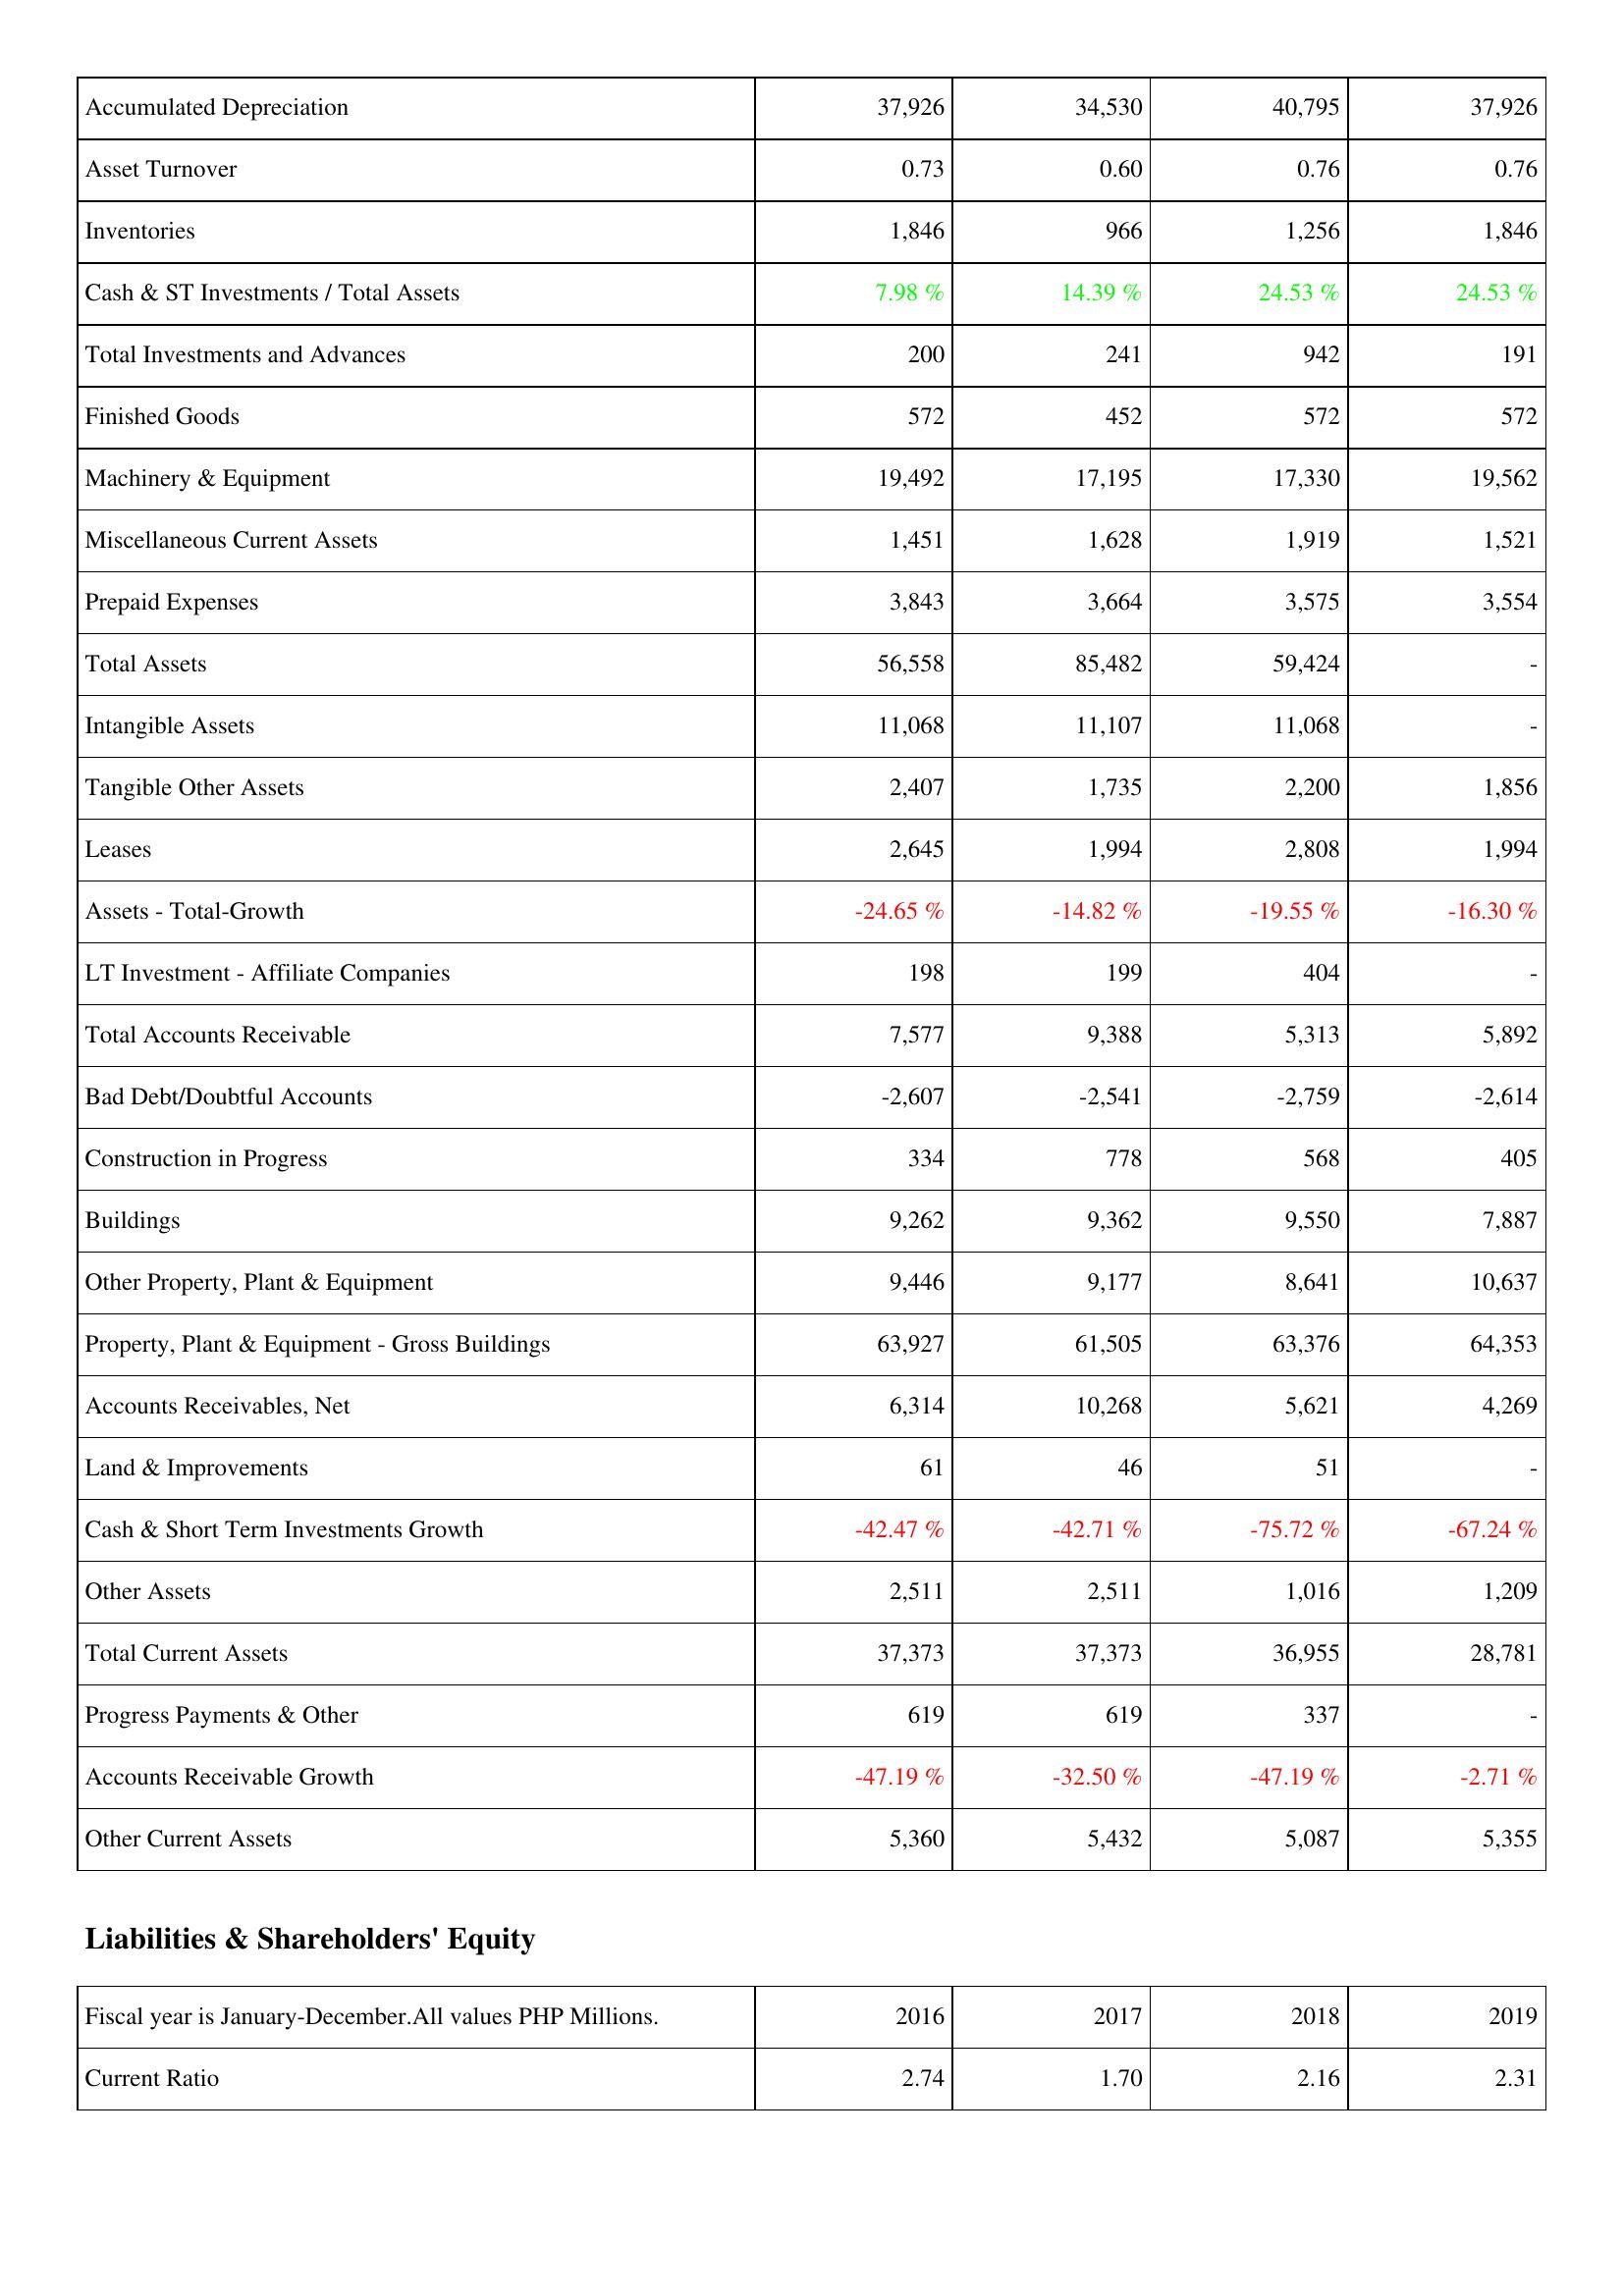
2016: Assets: Accumulated Depreciation: 37,926
Asset Turnover: 0.73
Inventories: 1,846
Cash & ST Investments / Total Assets: 7.98 %
Total Investments and Advances: 200
Finished Goods: 572
Machinery & Equipment: 19,492
Miscellaneous Current Assets: 1,451
Prepaid Expenses: 3,843
Total Assets: 56,558
Intangible Assets: 11,068
Tangible Other Assets: 2,407
Leases: 2,645
Assets - Total-Growth: -24.65 %
LT Investment - Affiliate Companies: 198
Total Accounts Receivable: 7,577
Bad Debt/Doubtful Accounts: -2,607
Construction in Progress: 334
Buildings: 9,262
Other Property, Plant & Equipment: 9,446
Property, Plant & Equipment - Gross Buildings: 63,927
Accounts Receivables, Net: 6,314
Land & Improvements: 61
Cash & Short Term Investments Growth: -42.47 %
Other Assets: 2,511
Total Current Assets: 37,373
Progress Payments & Other: 619
Accounts Receivable Growth: -47.19 %
Other Current Assets: 5,360
Liabilities & Shareholders' Equity: Current Ratio: 2.74
2017: Assets: Accumulated Depreciation: 34,530
Asset Turnover: 0.60
Inventories: 966
Cash & ST Investments / Total Assets: 14.39 %
Total Investments and Advances: 241
Finished Goods: 452
Machinery & Equipment: 17,195
Miscellaneous Current Assets: 1,628
Prepaid Expenses: 3,664
Total Assets: 85,482
Intangible Assets: 11,107
Tangible Other Assets: 1,735
Leases: 1,994
Assets - Total-Growth: -14.82 %
LT Investment - Affiliate Companies: 199
Total Accounts Receivable: 9,388
Bad Debt/Doubtful Accounts: -2,541
Construction in Progress: 778
Buildings: 9,362
Other Property, Plant & Equipment: 9,177
Property, Plant & Equipment - Gross Buildings: 61,505
Accounts Receivables, Net: 10,268
Land & Improvements: 46
Cash & Short Term Investments Growth: -42.71 %
Other Assets: 2,511
Total Current Assets: 37,373
Progress Payments & Other: 619
Accounts Receivable Growth: -32.50 %
Other Current Assets: 5,432
Liabilities & Shareholders' Equity: Current Ratio: 1.70
2018: Assets: Accumulated Depreciation: 40,795
Asset Turnover: 0.76
Inventories: 1,256
Cash & ST Investments / Total Assets: 24.53 %
Total Investments and Advances: 942
Finished Goods: 572
Machinery & Equipment: 17,330
Miscellaneous Current Assets: 1,919
Prepaid Expenses: 3,575
Total Assets: 59,424
Intangible Assets: 11,068
Tangible Other Assets: 2,200
Leases: 2,808
Assets - Total-Growth: -19.55 %
LT Investment - Affiliate Companies: 404
Total Accounts Receivable: 5,313
Bad Debt/Doubtful Accounts: -2,759
Construction in Progress: 568
Buildings: 9,550
Other Property, Plant & Equipment: 8,641
Property, Plant & Equipment - Gross Buildings: 63,376
Accounts Receivables, Net: 5,621
Land & Improvements: 51
Cash & Short Term Investments Growth: -75.72 %
Other Assets: 1,016
Total Current Assets: 36,955
Progress Payments & Other: 337
Accounts Receivable Growth: -47.19 %
Other Current Assets: 5,087
Liabilities & Shareholders' Equity: Current Ratio: 2.16
2019: Assets: Accumulated Depreciation: 37,926
Asset Turnover: 0.76
Inventories: 1,846
Cash & ST Investments / Total Assets: 24.53 %
Total Investments and Advances: 191
Finished Goods: 572
Machinery & Equipment: 19,562
Miscellaneous Current Assets: 1,521
Prepaid Expenses: 3,554
Total Assets: -
Intangible Assets: -
Tangible Other Assets: 1,856
Leases: 1,994
Assets - Total-Growth: -16.30 %
LT Investment - Affiliate Companies: -
Total Accounts Receivable: 5,892
Bad Debt/Doubtful Accounts: -2,614
Construction in Progress: 405
Buildings: 7,887
Other Property, Plant & Equipment: 10,637
Property, Plant & Equipment - Gross Buildings: 64,353
Accounts Receivables, Net: 4,269
Land & Improvements: -
Cash & Short Term Investments Growth: -67.24 %
Other Assets: 1,209
Total Current Assets: 28,781
Progress Payments & Other: -
Accounts Receivable Growth: -2.71 %
Other Current Assets: 5,355
Liabilities & Shareholders' Equity: Current Ratio: 2.31